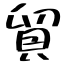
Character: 貿